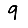
Digit: 9